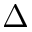
\Delta